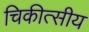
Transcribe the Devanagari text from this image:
चिकीत्सीय